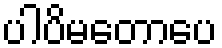
ပါပိမတောပေ